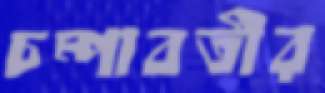
চম্পাবতীর